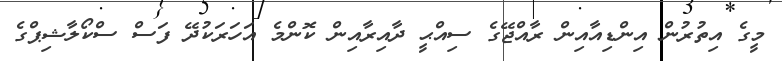
މީގެ އިތުރުން އިންޑިއާއިން ރާއްޖޭގެ ސިއްޙީ ދާއިރާއިން ކޮންމެ އަހަރަކުދޭ ފަސް ސްކޯލާޝިޕްގެ